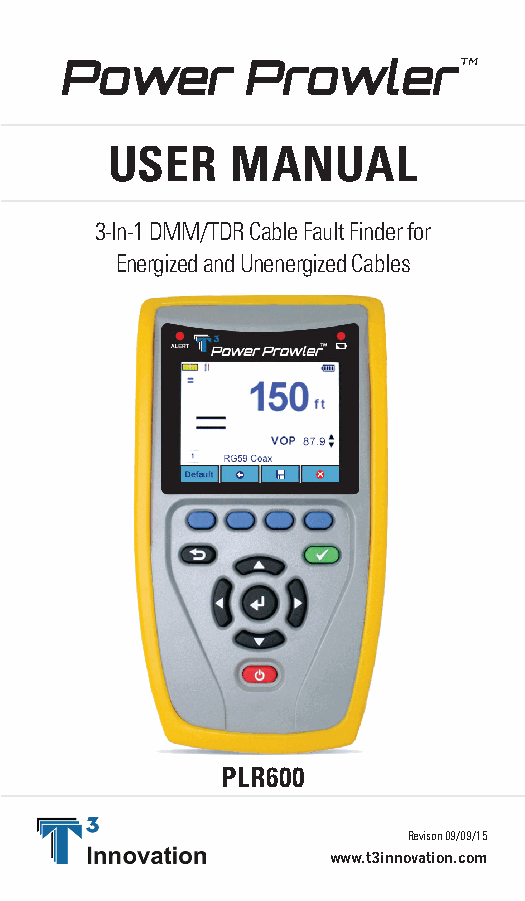
Power       ProwlerTM
 USER    MANUAL
 3-In-1 DMM/TDR Cable Fault Finder for
 Energized and Unenergized Cables
 PLR600
 Revison 09/09/15
 www.t3innovation.com